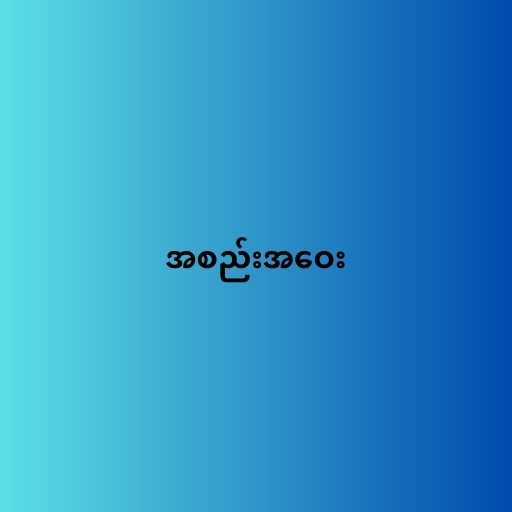
အစည်းအဝေး